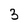
Character: 3